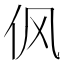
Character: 㐽